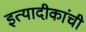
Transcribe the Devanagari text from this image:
इत्यादीकांची